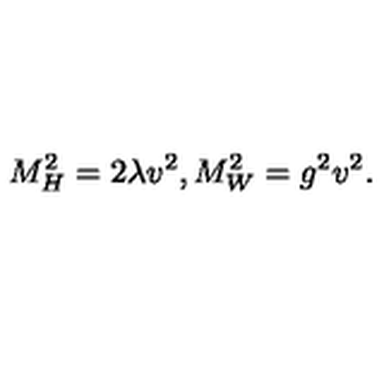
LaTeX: M _ { H } ^ { 2 } = 2 \lambda v ^ { 2 } , M _ { W } ^ { 2 } = g ^ { 2 } v ^ { 2 } .